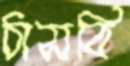
ঠাসবি